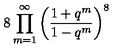
8 \prod _ { m = 1 } ^ { \infty } \left( \frac { 1 + q ^ { m } } { 1 - q ^ { m } } \right) ^ { 8 }